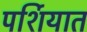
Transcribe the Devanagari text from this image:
पर्शियात